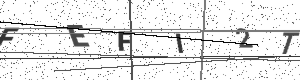
Text: FEFI2T